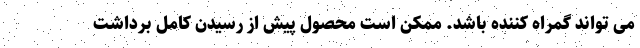
می تواند گمراه کننده باشد. ممکن است محصول پیش از رسیدن کامل برداشت